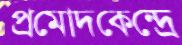
প্রমোদকেন্দ্রে